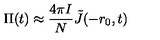
\Pi ( t ) \approx { \frac { 4 \pi I } { N } } \tilde { J } ( - r _ { 0 } , t )